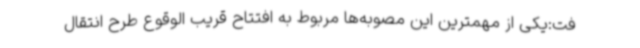
فت:یکی از مهمترین این مصوبه‌ها مربوط به افتتاح قریب الوقوع طرح انتقال